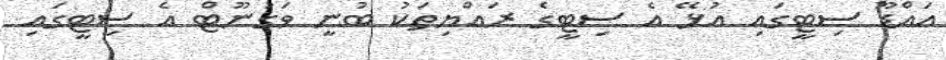
އައްޑޫ ސިޓީގައި އުޅޭ އެ ސިޓީގެ ރައްޔިތަކު ބުނީ ވަގުނޫޓް އެ ސިޓީގައި